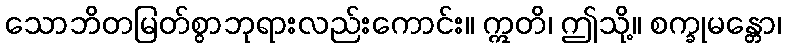
သောဘိတမြတ်စွာဘုရားလည်းကောင်း။ ဣတိ၊ ဤသို့။ စက္ခုမန္တော၊